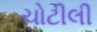
ચોટીલી